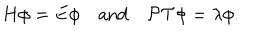
H \phi = E \phi \quad \mathrm { a n d } \quad { \cal P T } \phi = \lambda \phi .